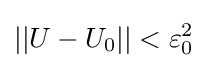
||U-U_{0}||<\varepsilon _{0}^{2}